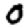
Digit: 0